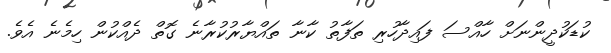
ކުޑަކުދީންނަށް ހާއްސަ ފައިދާހުރި ތަފާތު ކާނާ ތައްޔާރުކުރާނެ ގޮތް ދެއްކުން ހިމެނެ އެވެ.